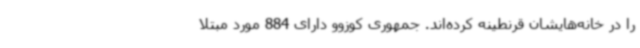
را در خانه‌هایشان قرنطینه کرده‌اند. جمهوری کوزوو دارای 884 مورد مبتلا